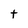
Character: t